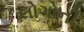
લોગોની